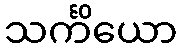
သင်္ကိယော